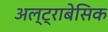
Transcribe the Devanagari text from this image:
अल्ट्राबेसिक